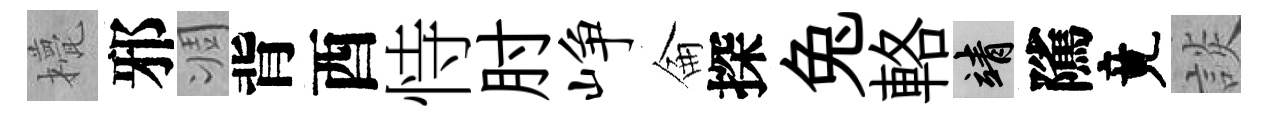
甍邪凋背酉恃肘峥侖探兔輅靖隲竟談